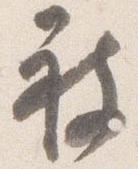
被